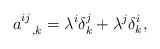
LaTeX: \begin{align*} a^{ij}_{ \ \ , k}= \lambda^i\delta_k^j+ \lambda^j\delta_k^i, \end{align*}